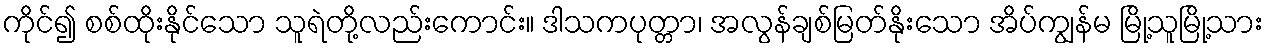
ကိုင်၍ စစ်ထိုးနိုင်သော သူရဲတို့လည်းကောင်း။ ဒါသကပုတ္တာ၊ အလွန်ချစ်မြတ်နိုးသော အိပ်ကျွန်မ မြို့သူမြို့သား